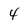
Character: 4